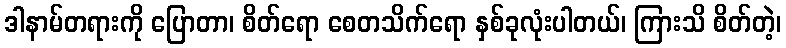
ဒါနာမ်တရားကို ပြောတာ၊ စိတ်ရော စေတသိက်ရော နှစ်ခုလုံးပါတယ်၊ ကြားသိ စိတ်တဲ့၊